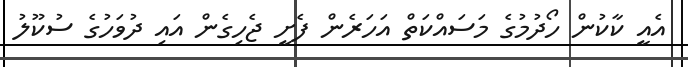
އެއީ ކާކުން ހޯދުމުގެ މަސައްކަތް އަހަރެން ފެށީ ޖެހިގެން އައި ދުވަހުގެ ސުކޫލު